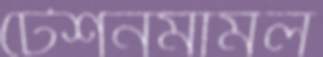
টেশনমামল